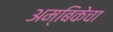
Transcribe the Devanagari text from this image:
अम्बिकेचा